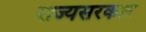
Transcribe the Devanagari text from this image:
राज्यसरकारे